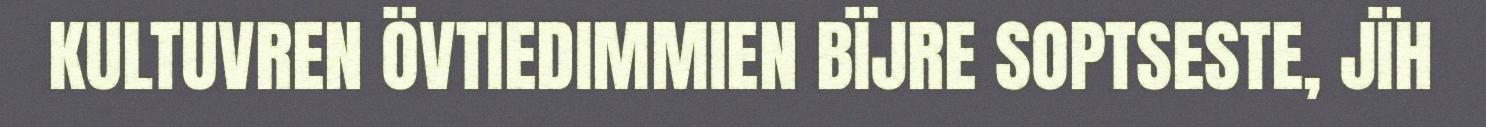
KULTUVREN ÖVTIEDIMMIEN BÏJRE SOPTSESTE, JÏH